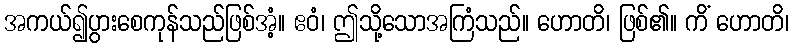
အကယ်၍ပွားစေကုန်သည်ဖြစ်အံ့။ ဧဝံ၊ ဤသို့သောအကြံသည်။ ဟောတိ၊ ဖြစ်၏။ ကိံ ဟောတိ၊